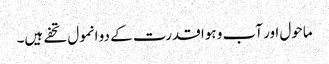
ماحول اور آب و ہوا قدرت کے دو انمول تحفے ہیں۔